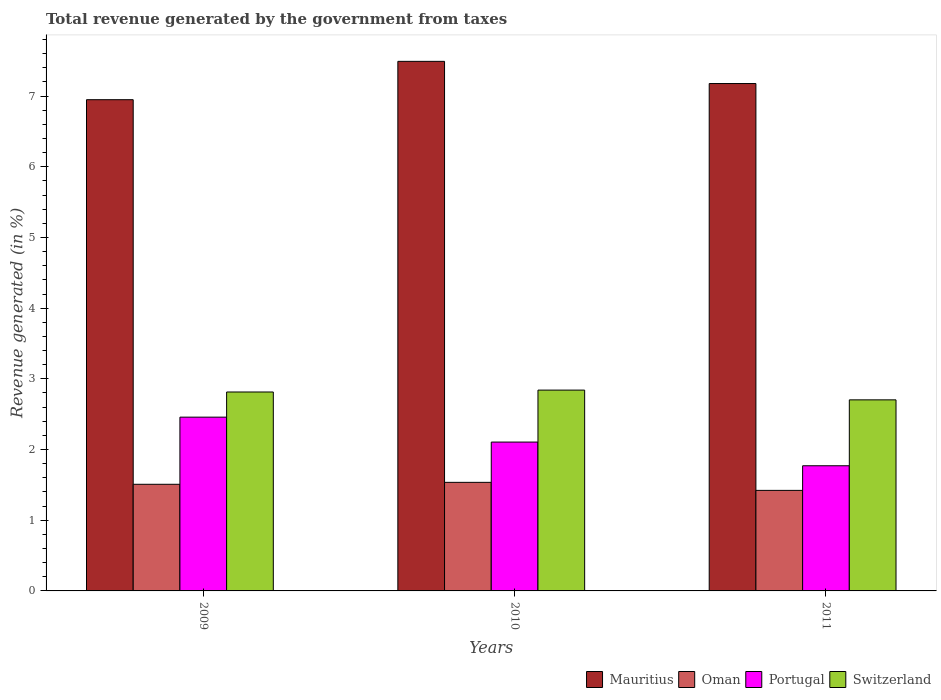
| Years | Mauritius | Oman | Portugal | Switzerland |
 | --- | --- | --- | --- | --- |
 | 2009 | 6.95 | 1.51 | 2.46 | 2.81 |
 | 2010 | 7.49 | 1.54 | 2.11 | 2.84 |
 | 2011 | 7.18 | 1.42 | 1.77 | 2.7 |